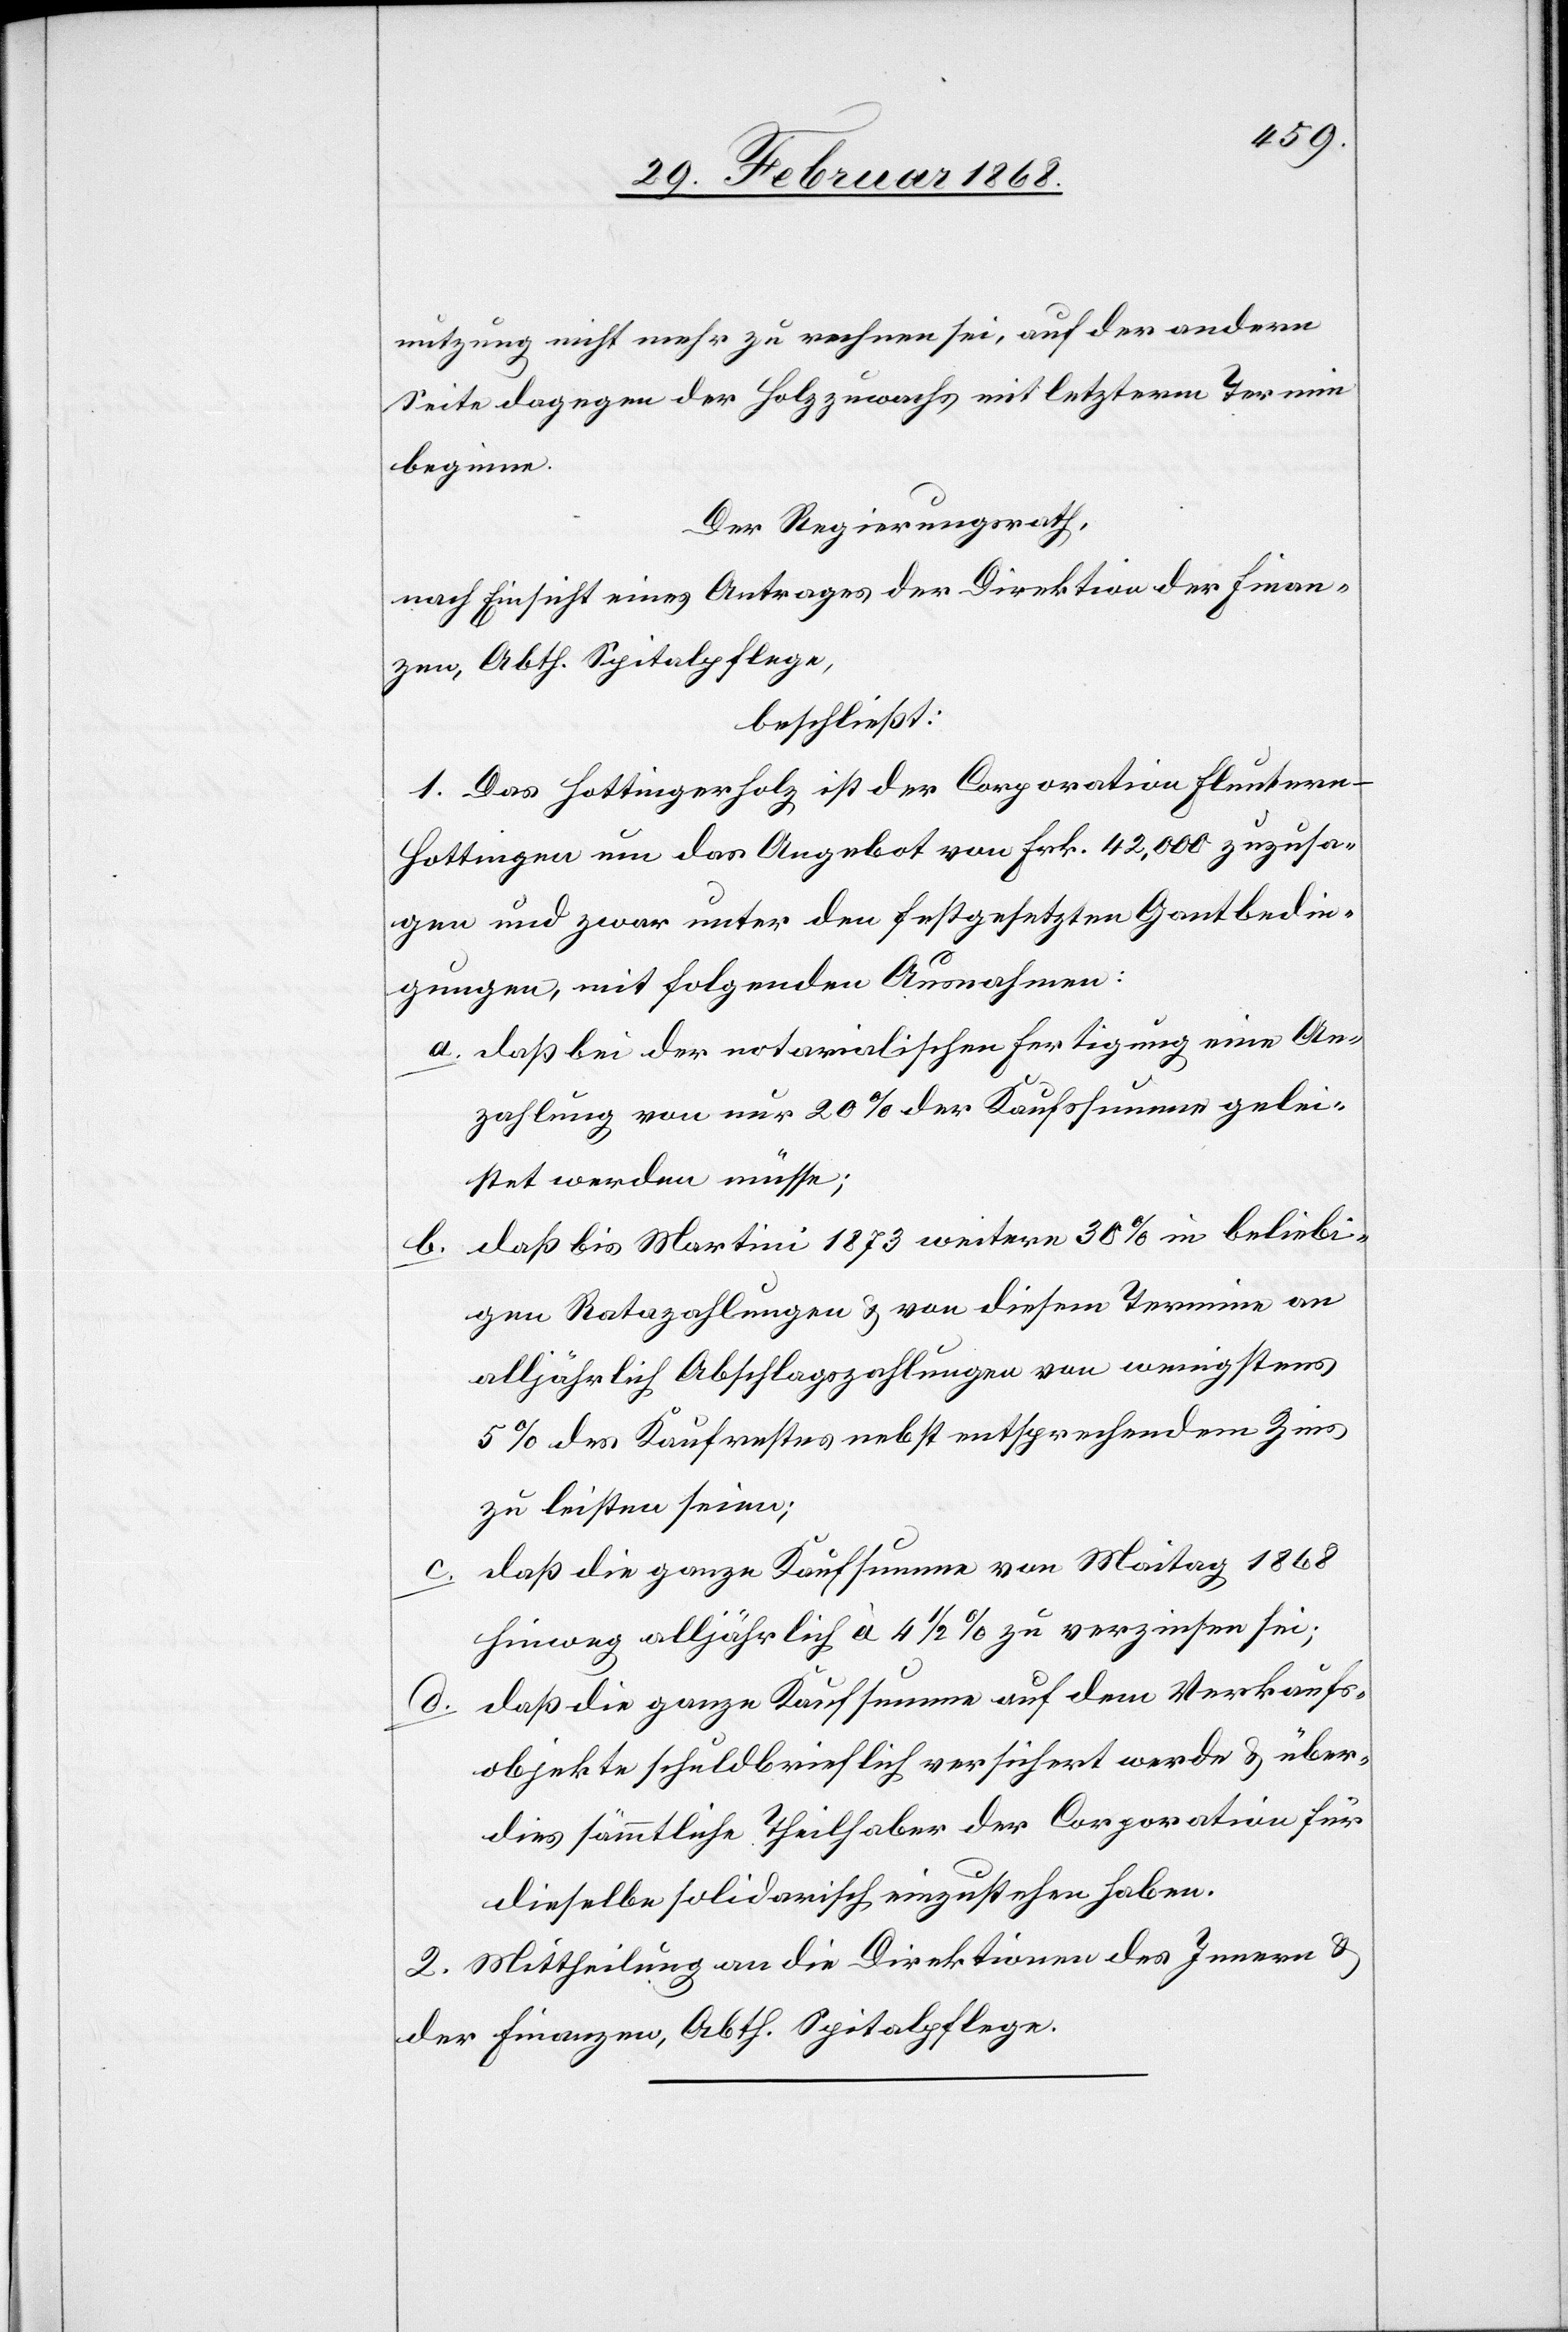
nutzung nicht mehr zu rechnen sei, auf der andern
Seite dagegen der Holzzuwachs mit letzterm Termin
beginne.
Der Regierungsrath,
nach Einsicht eines Antrages der Direktion der Finan¬
zen, Abth. Spitalpflege,
beschließt:
1. Das Hottingerholz ist der Corporation Flunter¬
n-Hottingen um das Angebot von Frk. 42,000 zuzusa¬
gen und zwar unter den festgesetzten Gantbedin¬
gungen, mit folgenden Ausnahmen:
daß bei der notarialischen Fertigung eine An¬
zahlung von nur 20% der Kaufssumme gelei¬
stet werden müsse;
daß bis Martini 1873 weitere 30% in beliebi¬
b.
gen Ratazahlungen & von diesem Termine an
alljährlich Abschlagszahlungen von wenigstens
5% des Kaufrestes nebst entsprechendem Zins
zu leisten seien;
daß die ganze Kaufsumme von Maitag 1868
hinweg alljährlich à 4 1/2 % zu verzinsen sei;
daß die ganze Kaufsumme auf dem Verkaufs¬
objekte schuldbrieflich versichert werde & über¬
dies sämmtliche Theilhaber der Corporation für
dieselbe solidarisch einzustehen haben.
2. Mittheilung an die Direktionen des Innern &
der Finanzen, Abth. Spitalpflege.